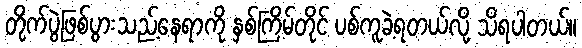
တိုက်ပွဲဖြစ်ပွားသည့်နေရာကို နှစ်ကြိမ်တိုင် ပစ်ကူခဲ့ရတယ်လို့ သိရပါတယ်။